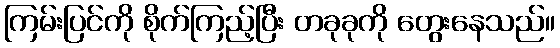
ကြမ်းပြင်ကို စိုက်ကြည့်ပြီး တခုခုကို တွေးနေသည်။